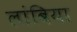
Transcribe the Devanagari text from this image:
लांबिया